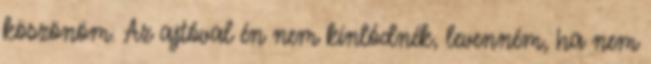
köszönöm. Az ajtóval én nem kínlódnék, levenném, ha nem